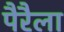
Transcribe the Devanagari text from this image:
पैरैला